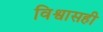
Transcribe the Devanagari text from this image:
विश्वासही